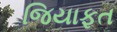
જિયાફત